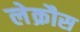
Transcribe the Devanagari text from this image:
लेक्रौस